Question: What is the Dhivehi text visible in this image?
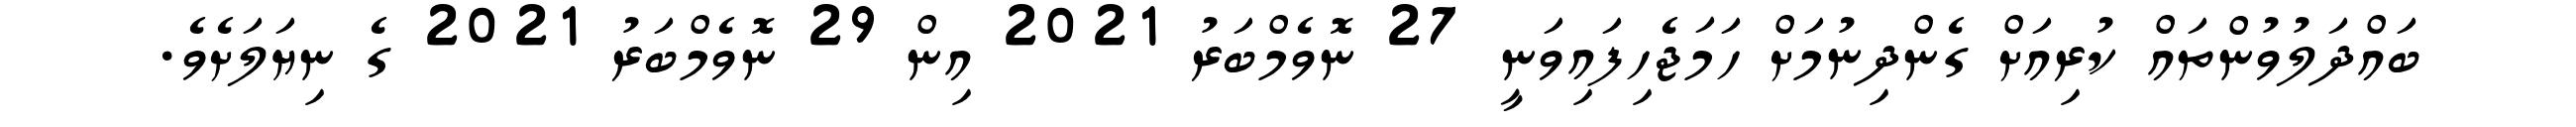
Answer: ބައްދަލުވުންތައް ކުރިއަށް ގެންދިނުމަށް ހަމަޖެހިފައިވަނީ 27 ނޮވެމްބަރު 2021 އިން 29 ނޮވެމްބަރު 2021 ގެ ނިޔަލަށެވެ.